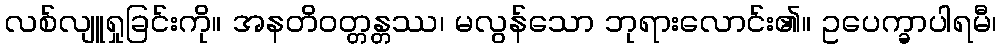
လစ်လျူရှုခြင်းကို။ အနတိဝတ္တန္တဿ၊ မလွန်သော ဘုရားလောင်း၏။ ဥပေက္ခာပါရမီ၊